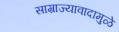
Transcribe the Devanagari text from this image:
साम्राज्यावादामुळे